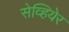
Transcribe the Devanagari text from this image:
सेव्हियेर